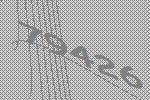
79426